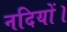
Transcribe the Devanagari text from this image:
नदियों।